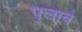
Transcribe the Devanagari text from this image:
पुलावे